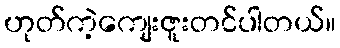
ဟုတ်ကဲ့ကျေးဇူးတင်ပါတယ်။